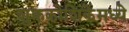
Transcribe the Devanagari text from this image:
शुक्रकोशिकेमध्ये